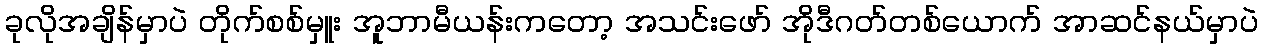
ခုလိုအချိန်မှာပဲ တိုက်စစ်မှူး အူဘာမီယန်းကတော့ အသင်းဖော် အိုဒီဂတ်တစ်ယောက် အာဆင်နယ်မှာပဲ